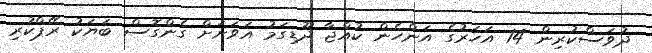
ދުވަސްކުރިން 14 އަަހަރުގެ އަންހެން ކުއްޖާ ދޫޑިގަމު އަވަށަށް ގެންގޮސް ބަޔަކު ރޭޕްކުރި